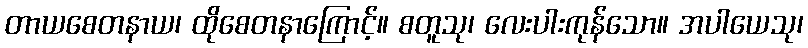
တာယစေတနာယ၊ ထိုစေတနာကြောင့်။ စတူသု၊ လေးပါးကုန်သော။ အပါယေသု၊